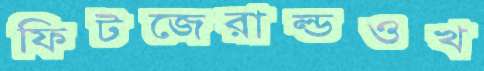
ফিটজেরাল্ডওখ